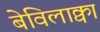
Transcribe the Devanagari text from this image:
बेविलाक्वा